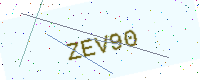
Text: ZEV90